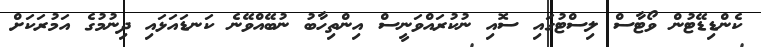
ކެންޑިޑޭޓުން ވޯޓާސް ލިސްޓުގައި ސޮއި ނުކުރައްވަނީސް އިންތިހާބު ނުބޭއްވޭނެ ކަނޑައަޅައި ދިނުމުގެ އަމުރަކަށް